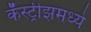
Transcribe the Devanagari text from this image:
कॅस्ट्रीझमध्ये